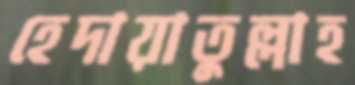
হেদায়াতুল্লাহ